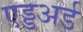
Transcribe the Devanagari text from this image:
एड्डअर्ड